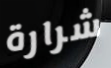
شرارة